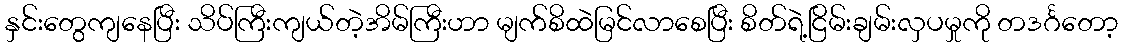
နှင်းတွေကျနေပြီး သိပ်ကြီးကျယ်တဲ့အိမ်ကြီးဟာ မျက်စိထဲမြင်လာစေပြီး စိတ်ရဲ့ငြိမ်းချမ်းလှပမှုကို တဒင်္ဂတော့